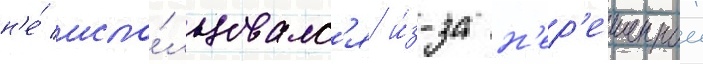
н'е́ испо́льзовалс'я и́з-за н'ер'ешеннои